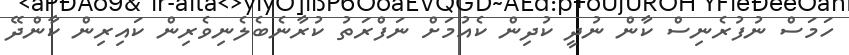
ހަމަސް ނުފުރެނިސް ކާން ނުދީ ކުދިން ކެއުމަށް ނަފްރަތު ކުރާނެބެލެނިވެރިން ކައިރިން ކާންދޭ